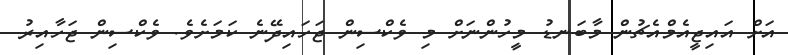
އަށް އައިޖީއެމްއެޗުން މާބަނޑު މީހުންނަށް މި ވެކްސިން ޖަހައިދޭނެ ކަމަށެވެ. ވެކްސިން ޖަހާއިރު